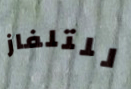
للتلفاز